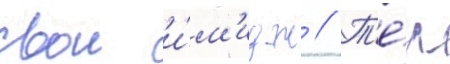
свои и́м'идж // Т'е́м